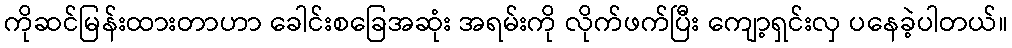
ကိုဆင်မြန်းထားတာဟာ ခေါင်းစခြေအဆုံး အရမ်းကို လိုက်ဖက်ပြီး ကျော့ရှင်းလှ ပနေခဲ့ပါတယ်။